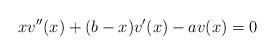
LaTeX: \begin{gather*}xv''(x)+(b-x)v'(x)-av(x)=0\end{gather*}